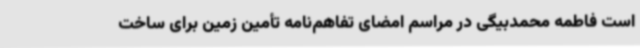
است فاطمه محمدبیگی در مراسم امضای تفاهم‌نامه تأمین زمین برای ساخت